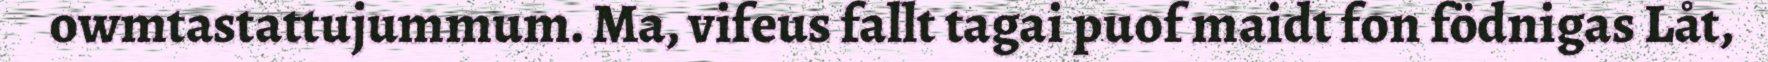
owmtastattujummum. Ma, vifeus fallt tagai puof maidt fon födnigas Låt,